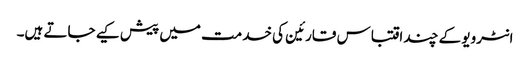
انٹرویو کے چند اقتباس قارئین کی خدمت میں پیش کیے جاتے ہیں۔